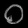
Digit: ၀